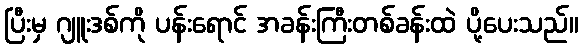
ပြီးမှ ဂျူးဒစ်ကို ပန်းရောင် အခန်းကြီးတစ်ခန်းထဲ ပို့ပေးသည်။